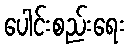
ပေါင်းစည်းရေး